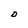
Character: D